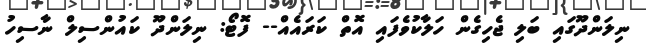
ނިލަންދޫގައި ބަލި ޖެހިގެން ހަލާކުވެފައި އޮތް ކަރައެއް-- ފޮޓޯ: ނިލަންދޫ ކައުންސިލް ނާސިހު